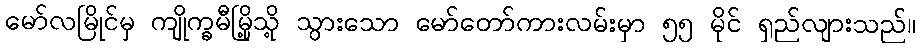
မော်လမြိုင်မှ ကျိုက္ခမီမြို့သို့ သွားသော မော်တော်ကားလမ်းမှာ ၅၅ မိုင် ရှည်လျားသည်။